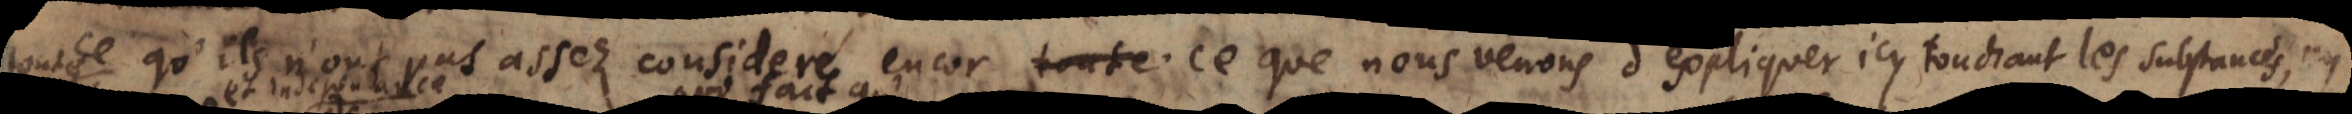
ce qu’ils n’ont pas assez consideré encor ce que nous venons d’expliquer icy touchant les substan